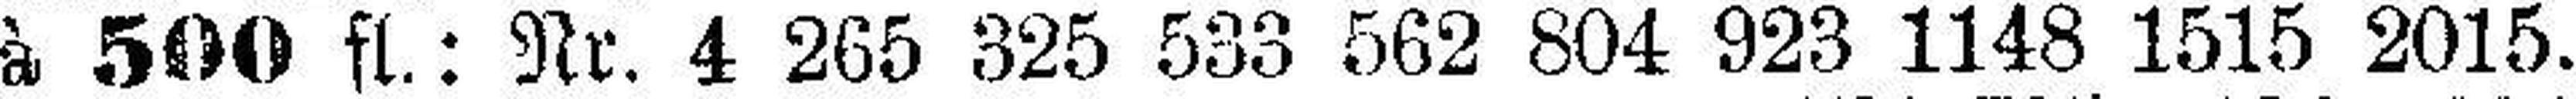
à 500 fl.: Nr. 4 265 325 533 562 804 923 1148 1515 2015.